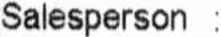
SALESPERSON :